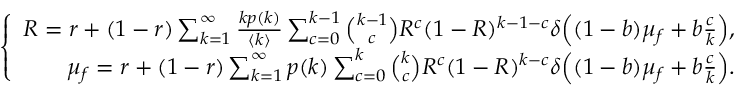
\left\{ \begin{array} { r } { R = r + ( 1 - r ) \sum _ { k = 1 } ^ { \infty } \frac { k p ( k ) } { \langle k \rangle } \sum _ { c = 0 } ^ { k - 1 } \binom { k - 1 } { c } R ^ { c } ( 1 - R ) ^ { k - 1 - c } \delta \Big ( ( 1 - b ) \mu _ { f } + b \frac { c } { k } \Big ) , } \\ { \mu _ { f } = r + ( 1 - r ) \sum _ { k = 1 } ^ { \infty } p ( k ) \sum _ { c = 0 } ^ { k } \binom { k } { c } R ^ { c } ( 1 - R ) ^ { k - c } \delta \Big ( ( 1 - b ) \mu _ { f } + b \frac { c } { k } \Big ) . } \end{array} \right.